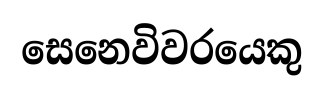
සෙනෙවිවරයෙකු